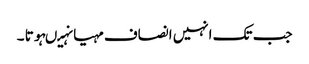
جب تک انہیں انصاف مہیا نہیںہوتا ۔